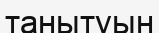
танытуын